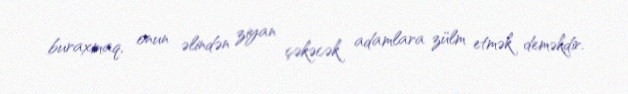
buraxmaq, onun əlindən ziyan çəkəcək adamlara zülm etmək deməkdir.